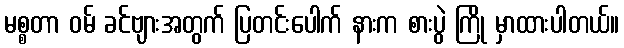
မစ္စတာ ဝမ် ခင်ဗျားအတွက် ပြတင်းပေါက် နားက စားပွဲ ကြို မှာထားပါတယ်။